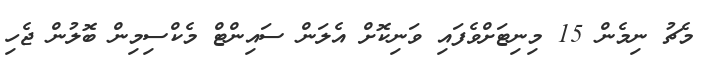
މެޗު ނިމެން 15 މިނިޓަށްވެފައި ވަނިކޮށް އެލަން ސައިންޓް މެކްސިމިން ބޮލުން ޖެހި